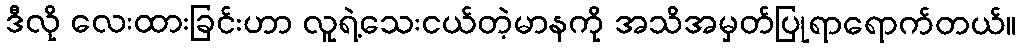
ဒီလို လေးထားခြင်းဟာ လူရဲ့သေးငယ်တဲ့မာနကို အသိအမှတ်ပြုရာရောက်တယ်။